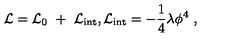
{ \cal L } = { \cal L } _ { 0 } \ + \ { \cal L } _ { \mathrm { i n t } } , { \cal L } _ { \mathrm { i n t } } = - \frac { 1 } { 4 } \lambda \phi ^ { 4 } \ ,